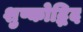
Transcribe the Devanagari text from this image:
शुष्कोद्भिद